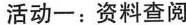
活动一：资料查阅